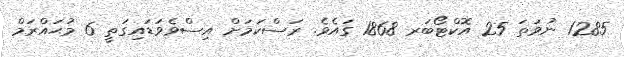
1285 ނުވަތަ 25 އޮކްޓޯބަރ 1868 ގައެވެ. ރަސްކަމަށް އިސްވެވަޑައިގަތީ 6 މުޙައްރަމް